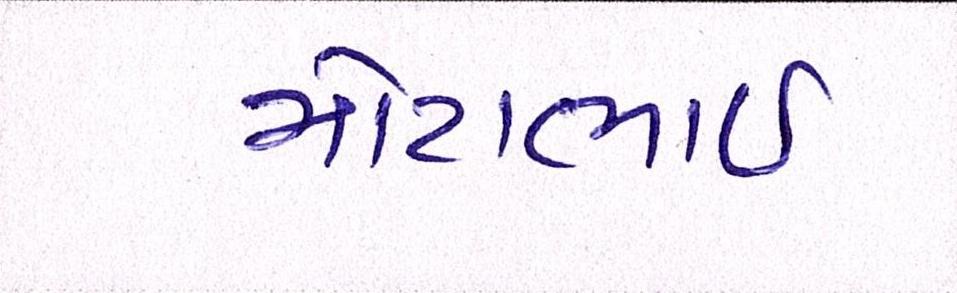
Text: મોટાભાઈ